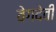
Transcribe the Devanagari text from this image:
वेगदेवी